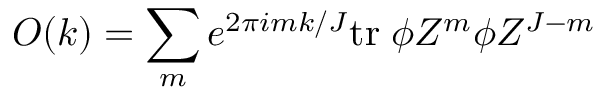
{ \cal O } ( k ) = \sum _ { m } e ^ { 2 \pi i m k / J } \mathrm { t r } \; \phi Z ^ { m } \phi Z ^ { J - m }